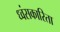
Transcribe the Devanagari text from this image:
ध्वंसकारिता